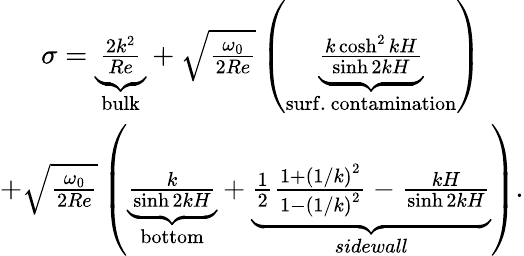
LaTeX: \begin{array}{r}{\sigma=\underbrace{\frac{2k^{2}}{Re}}_{\mathrm{bulk}}+\sqrt{\frac{\omega_{0}}{2Re}}\left(\underbrace{\frac{k\cosh^{2}{kH}}{\sinh{2kH}}}_{\mathrm{surf.~contamination}}\right)\ \ \ \ \ \ }\\ {+\sqrt{\frac{\omega_{0}}{2Re}}\left(\underbrace{\frac{k}{\sinh{2kH}}}_{\mathrm{bottom}}+\underbrace{\frac{1}{2}\frac{1+\left(1/k\right)^{2}}{1-\left(1/k\right)^{2}}-\frac{kH}{\sinh{2kH}}}_{\textit{sidewall}}\right).}\end{array}